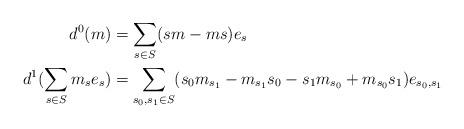
LaTeX: \begin{align*} d^0(m) &= \sum_{s\in S} (sm-ms)e_s \\ d^1(\sum_{s\in S}m_se_s) &= \sum_{s_0,s_1\in S} (s_0m_{s_1} - m_{s_1}s_0 - s_1m_{s_0} + m_{s_0}s_1 )e_{s_0,s_1}\end{align*}